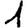
Digit: 1